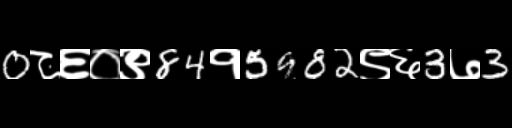
Text: 0८६०९84१5982९६3७3